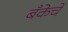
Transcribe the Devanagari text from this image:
बँकेचे